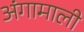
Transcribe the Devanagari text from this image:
अंगामाली